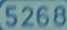
5268